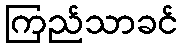
ကြည်သာခင်